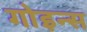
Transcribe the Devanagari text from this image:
गोइन्स